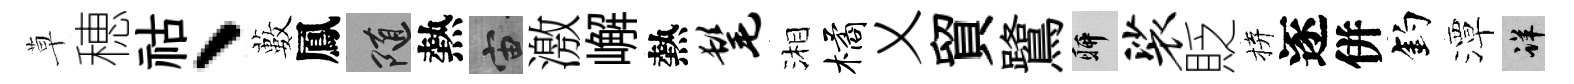
草穂祜、藪鳳隨熱宙激嶰熱髦湘橘乂貿鷺聊裟貶拚逐併釣潭详